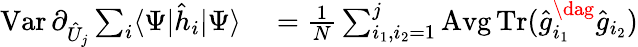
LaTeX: \begin{array}{rl}{\textstyle\operatorname{Var}\partial_{\hat{U}_{j}}\sum_{i}\langle\Psi|\hat{h}_{i}|\Psi\rangle}&{{}\textstyle=\frac{1}{N}\sum_{i_{1},i_{2}=1}^{j}\operatorname{Avg}\operatorname{Tr}(\hat{g}_{i_{1}}^{\dag}\hat{g}_{i_{2}})}\end{array}